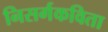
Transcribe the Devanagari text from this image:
निसर्गकविता